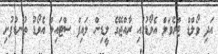
އަދި ވޯލްޑް ޓްރެވަލް އެވޯޑުގައި ރާއްޖޭގެ ލީޑިން ލައިފް ސްޓައިލް އެވޯޑު ތުނޑުފުށި